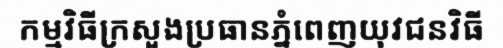
កម្មវិធីក្រសួងប្រធានភ្នំពេញយុវជនវិធី